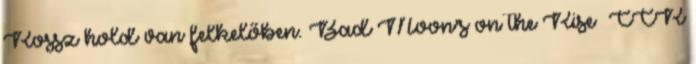
Rossz hold van felkelőben. Bad Moon's on the Rise CCR